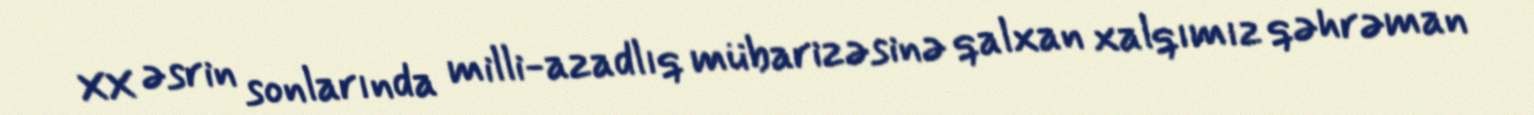
XX əsrin sonlarında milli-azadlıq mübarizəsinə qalxan xalqımız qəhrəman